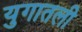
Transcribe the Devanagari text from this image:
युगातली